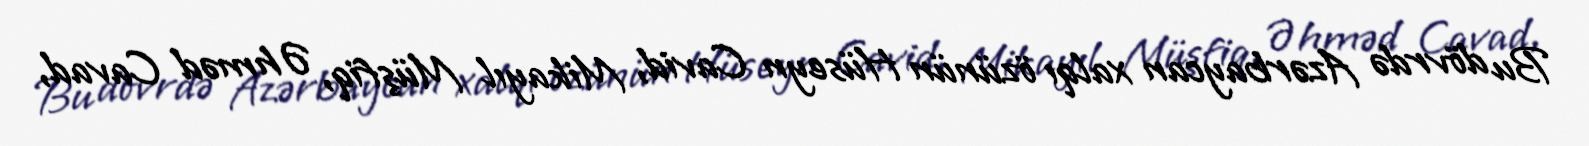
Bu dövrdə Azərbaycan xalqı özünün Hüseyn Cavid, Mikayıl Müşfiq, Əhməd Cavad,